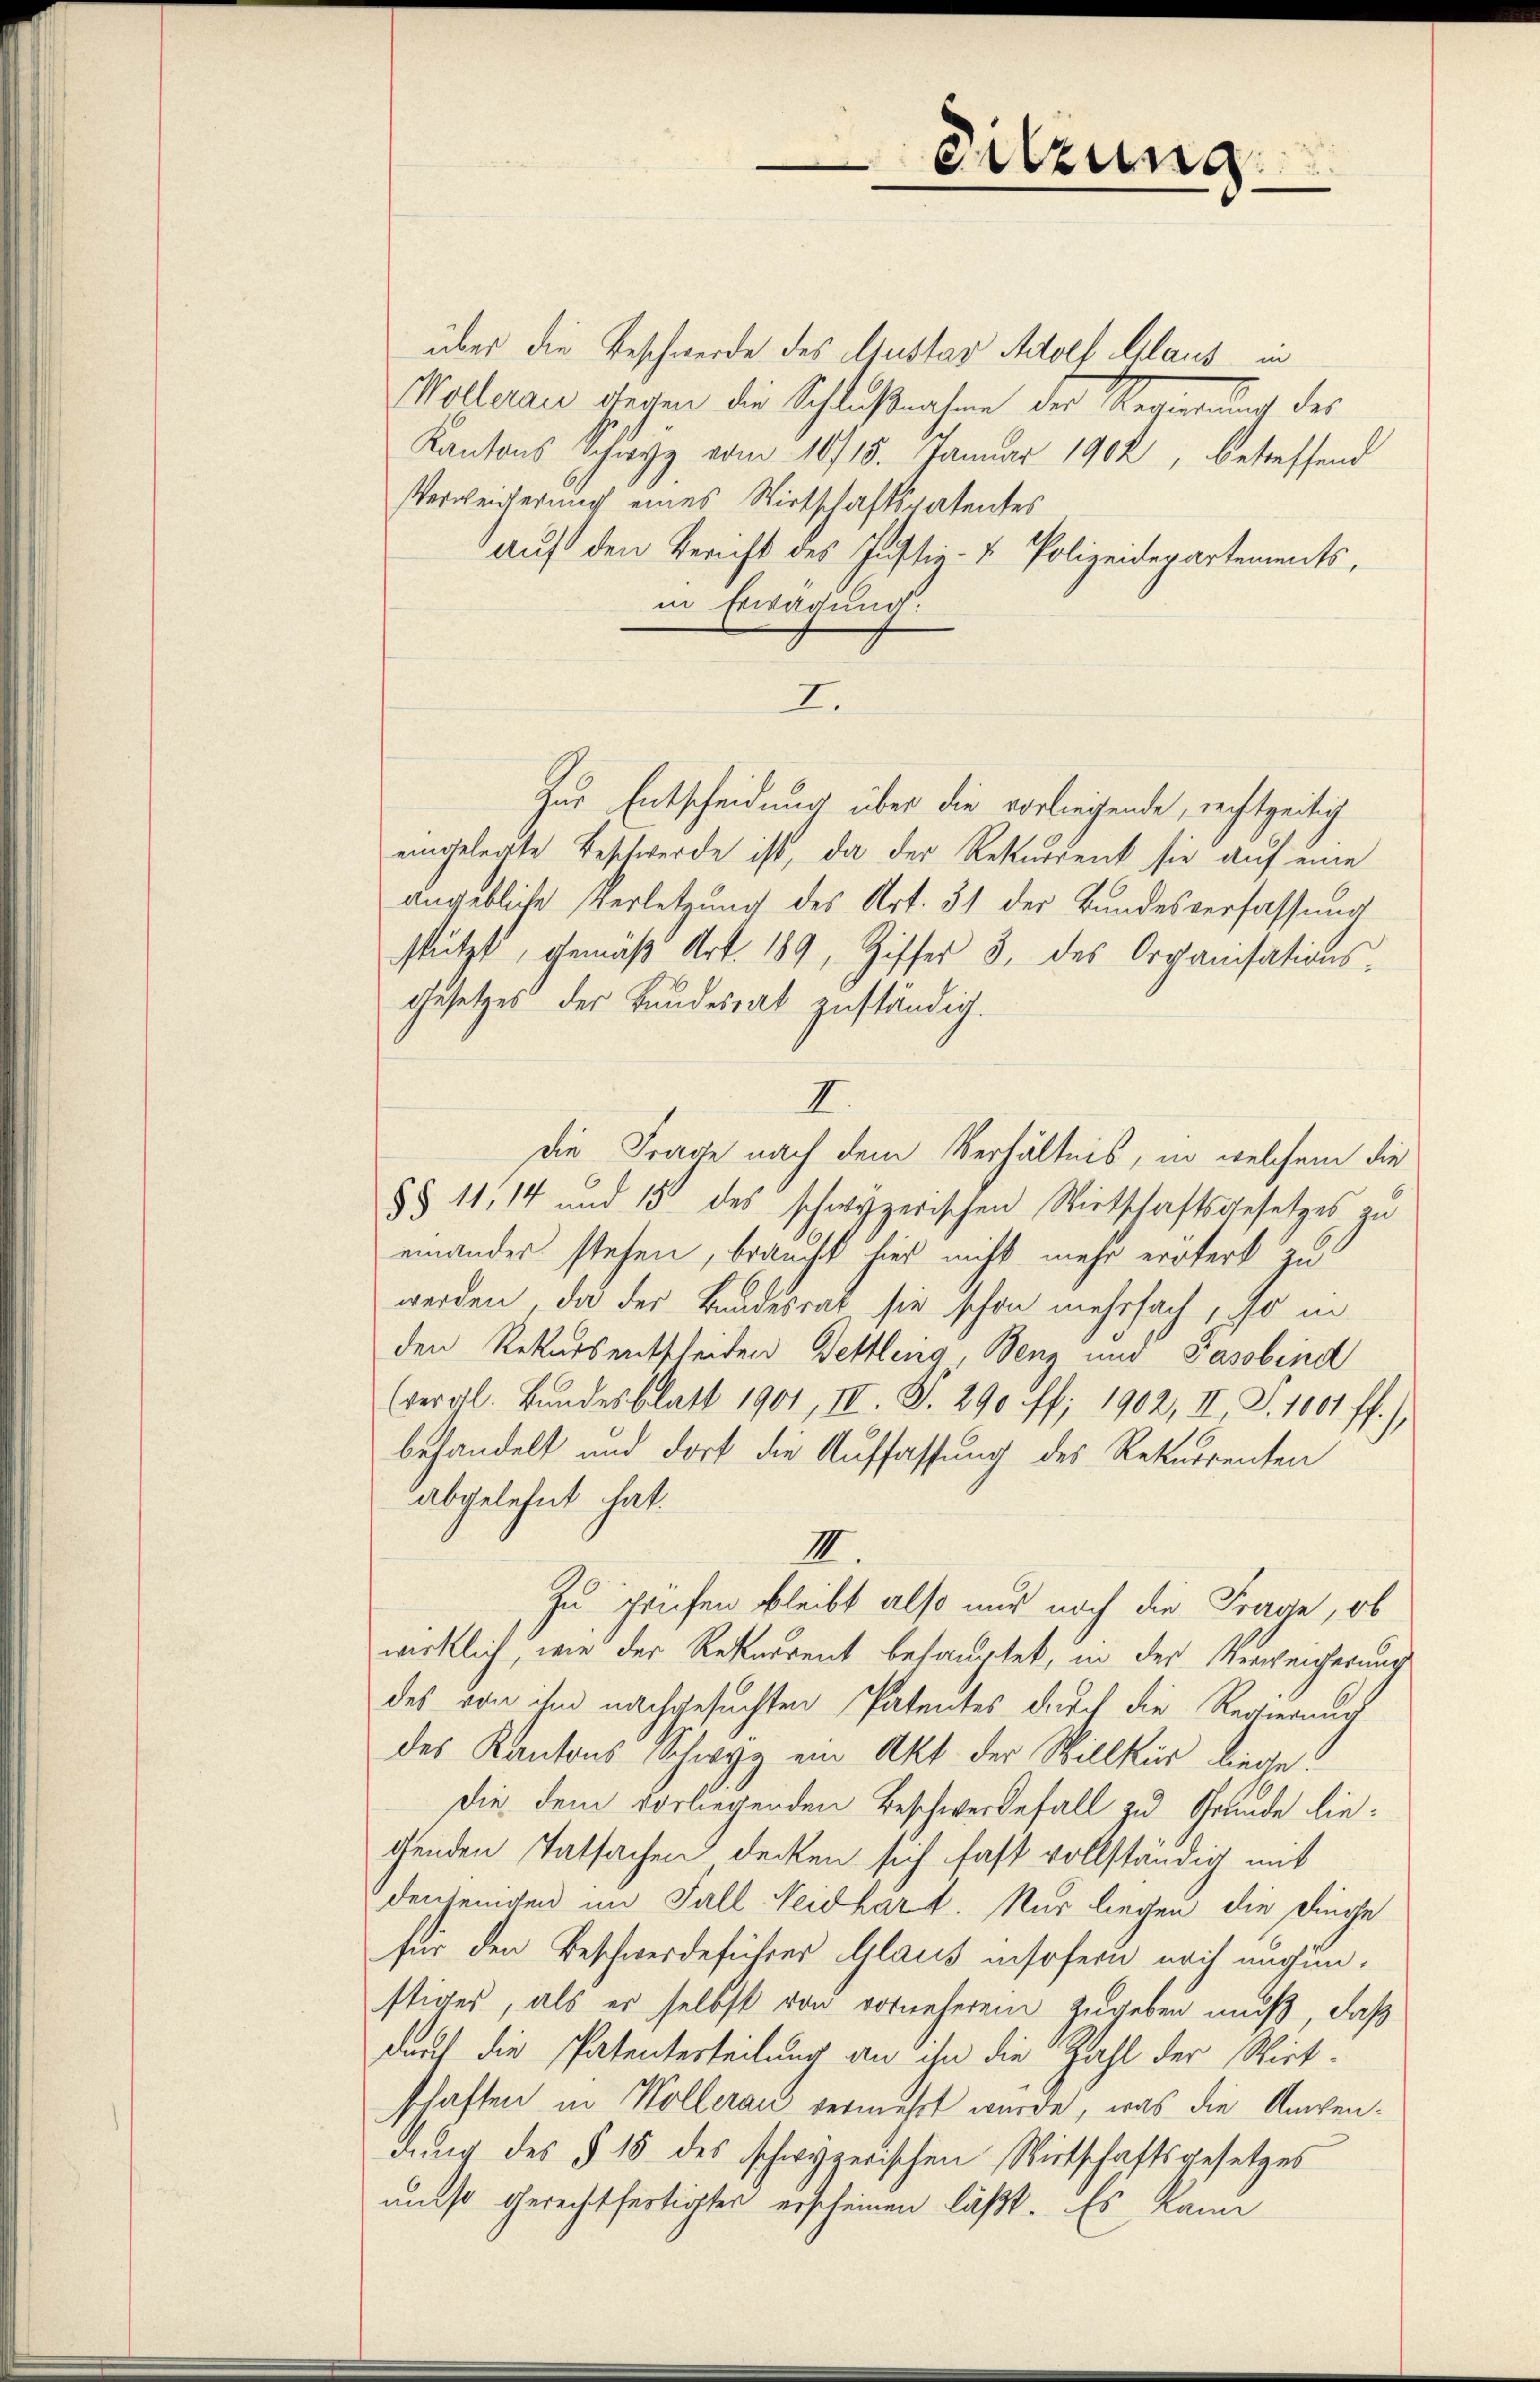
über die Beschwerde des Austav Adolf Glaus in
Mölleraus wegen die Schlußnahme der Regierung des
Kantons Schwyz vom 10/15. Januar 1902, betreffend
Verweicherung eines Wirtschaftspatentes
auf den Bericht des Justiz- & Polizeidepartements,
in Erwägung.
I.
Zur Entscheidung über die vorliegende, rechtzeitig
eingelegte Beschwerde ist, da der Rekurrent sie auf eine
angebliche Verletzung des Art. 31 der Bundesverfassung
stützt, gemäβ Art. 189, Ziffer 3. des Organisations-
Gesetzes der Bundesrat zuständig.
2
die Frage nach dem Verhältnis, in welchem die
§§ 11, 14 und 15 des schwyzerischen Wirtschaftsgesetzes zu
einander stehen, braucht hier nicht mehr erobert zu
werden, da der Bundesrat sie schon mehrfach, so in
den Rekursentscheiden Bettlerg, Benz und Passobind
(vergl. Bundesblatt 1901, II. S. 290 ff. 1902, II S. 1001 ff.),
behandelt und dort die Auffassung des Rekurrenten
abgelehnt hat.
II.
Zu Griefen bleibt also nur noch die Frage, ob
wirklich, wie der Rekurrent behauptet, in der Verweicherung
des von ihm nachgesuchten Patentes durch die Regierung
des Kantons Schwyz ein Akt der Willkür liege:
die dem vorliegenden Beschwerdefall zu Grunde liegenden Tatsachen decken sich fast vollständig mit
denjenigen im Fall Neidhart. Nur liegen die Dinge
für den Beschwerdeführer Glaus insofern nach ungunstiges, als er selbst von vorneherem Zugeben muß, daß
durft die Patenterteilung an ihn die Zahl der Wirt-
schaften in Wollerau vermehrt wurde, was die Anwendung des § 15 des schwyzerischen Wirtschaftsgesetzes
auso gerechtfertigter erscheinen läßt. Es kann

Sitzung